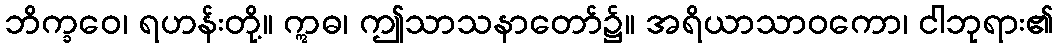
ဘိက္ခဝေ၊ ရဟန်းတို့။ ဣဓ၊ ဤသာသနာတော်၌။ အရိယာသာဝကော၊ ငါဘုရား၏